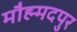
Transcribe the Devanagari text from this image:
मौह्म्मदपुर